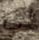
لي